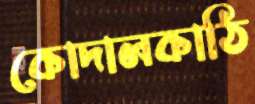
কোদালকাঠি